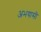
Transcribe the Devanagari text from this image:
अभयासी